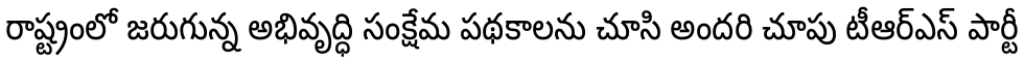
రాష్ట్రంలో జరుగున్న అభివృద్ధి సంక్షేమ పథకాలను చూసి అందరి చూపు టీఆర్ఎస్ పార్టీ